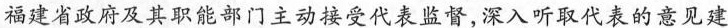
福建省政府及其职能部门主动接受代表监督，深入听取代表的意见建